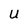
Character: U